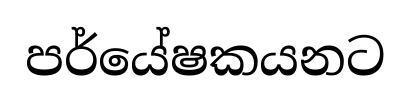
පර්යේෂකයනට